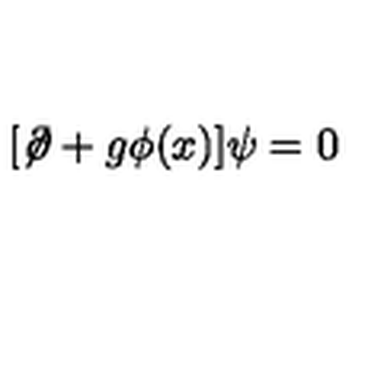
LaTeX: [ \not \! \partial + g \phi ( x ) ] \psi = 0